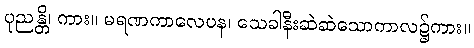
ပုညန္တိ၊ ကား။ မရဏကာလေပန၊ သေခါနီးဆဲဆဲသောကာလ၌ကား။